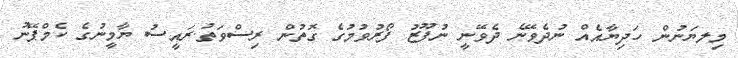
މިލޔަނުން ހަދިޔާއެއް ނުދެވޭނެ ދެވޭނީ ނުފޫޒު ފޯރުވުމުގެ ގޮތުން ރިސްވަތު.ރައީސު ޔާމީނުގެ ކެމްޕޭނު